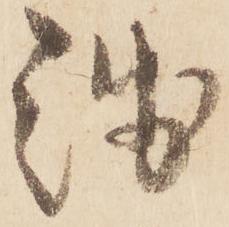
浅